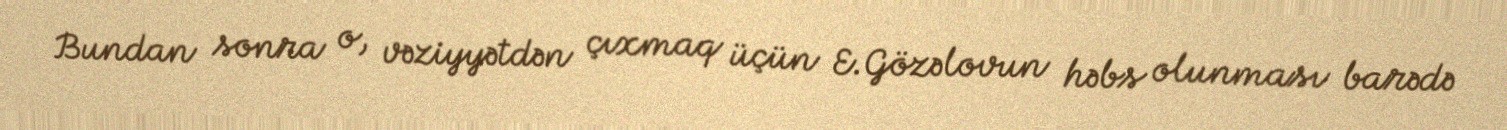
Bundan sonra o, vəziyyətdən çıxmaq üçün E.Gözəlovun həbs olunması barədə